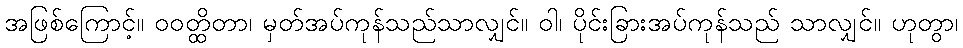
အဖြစ်ကြောင့်။ ဝဝတ္ထိတာ၊ မှတ်အပ်ကုန်သည်သာလျှင်။ ဝါ၊ ပိုင်းခြားအပ်ကုန်သည် သာလျှင်။ ဟုတွာ၊